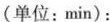
(单位：min)：